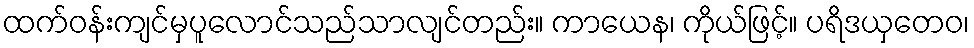
ထက်ဝန်းကျင်မှပူလောင်သည်သာလျင်တည်း။ ကာယေန၊ ကိုယ်ဖြင့်။ ပရိဒယှတေဝ၊